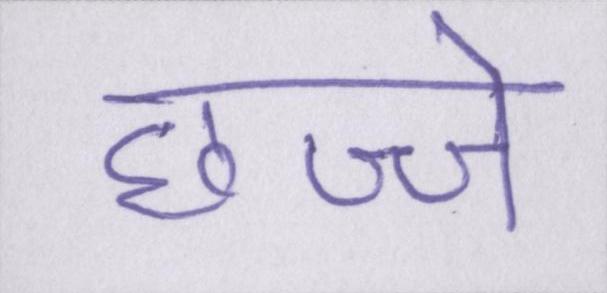
छज्जे